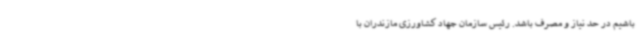
باشیم در حد نیاز و مصرف باشد. رئیس سازمان جهاد کشاورزی مازندران با